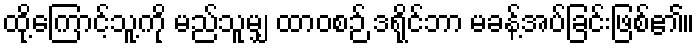
ထို့ကြောင့်သူ့ကို မည်သူမျှ ထာဝစဉ် ဒရိုင်ဘာ မခန့်အပ်ခြင်းဖြစ်၏။